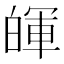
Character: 𤾈